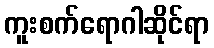
ကူးစက်ရောဂါဆိုင်ရာ